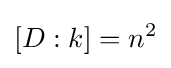
[D:k]=n^{2}